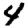
Digit: 4